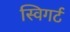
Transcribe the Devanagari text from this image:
स्विगर्ट